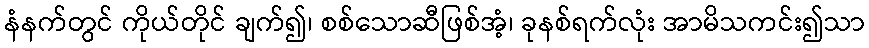
နံနက်တွင် ကိုယ်တိုင် ချက်၍၊ စစ်သောဆီဖြစ်အံ့၊ ခုနစ်ရက်လုံး အာမိသကင်း၍သာ